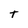
Character: T